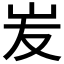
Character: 𡵢